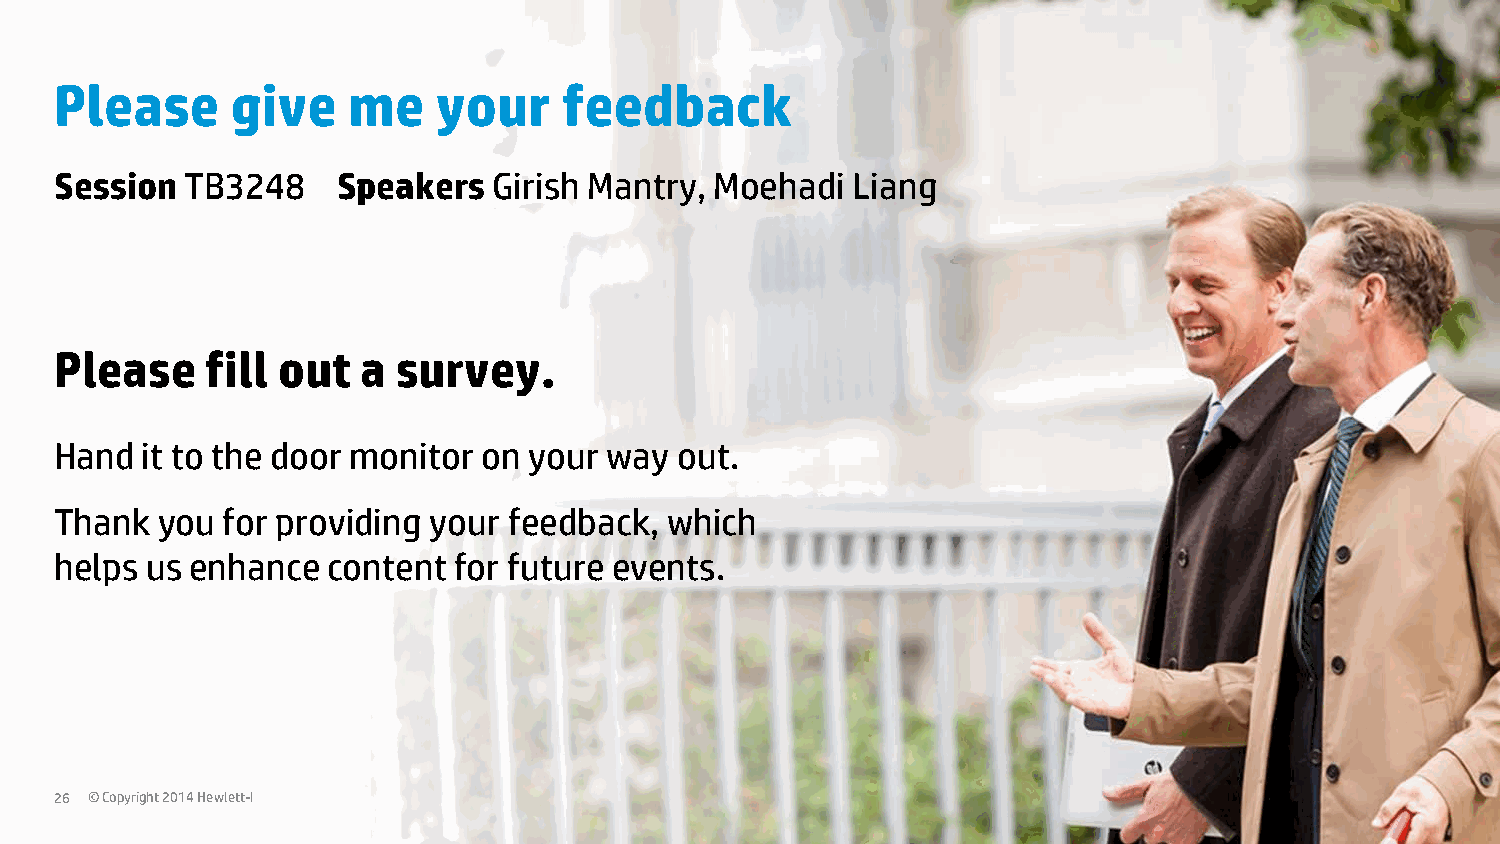
Please     give    me    your    feedback
 Session TB3248    Speakers   Girish Mantry, Moehadi Liang
 Please    fill out  a survey.
 Hand it to the door monitor on your way  out.
 Thank you  for providing your feedback, which
 helps us enhance  content for future events.
 26 © Copyright 2014 Hewlett-Packard Development Company, L.P. The information contained herein is subject to change without notice.